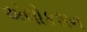
એલોકશન